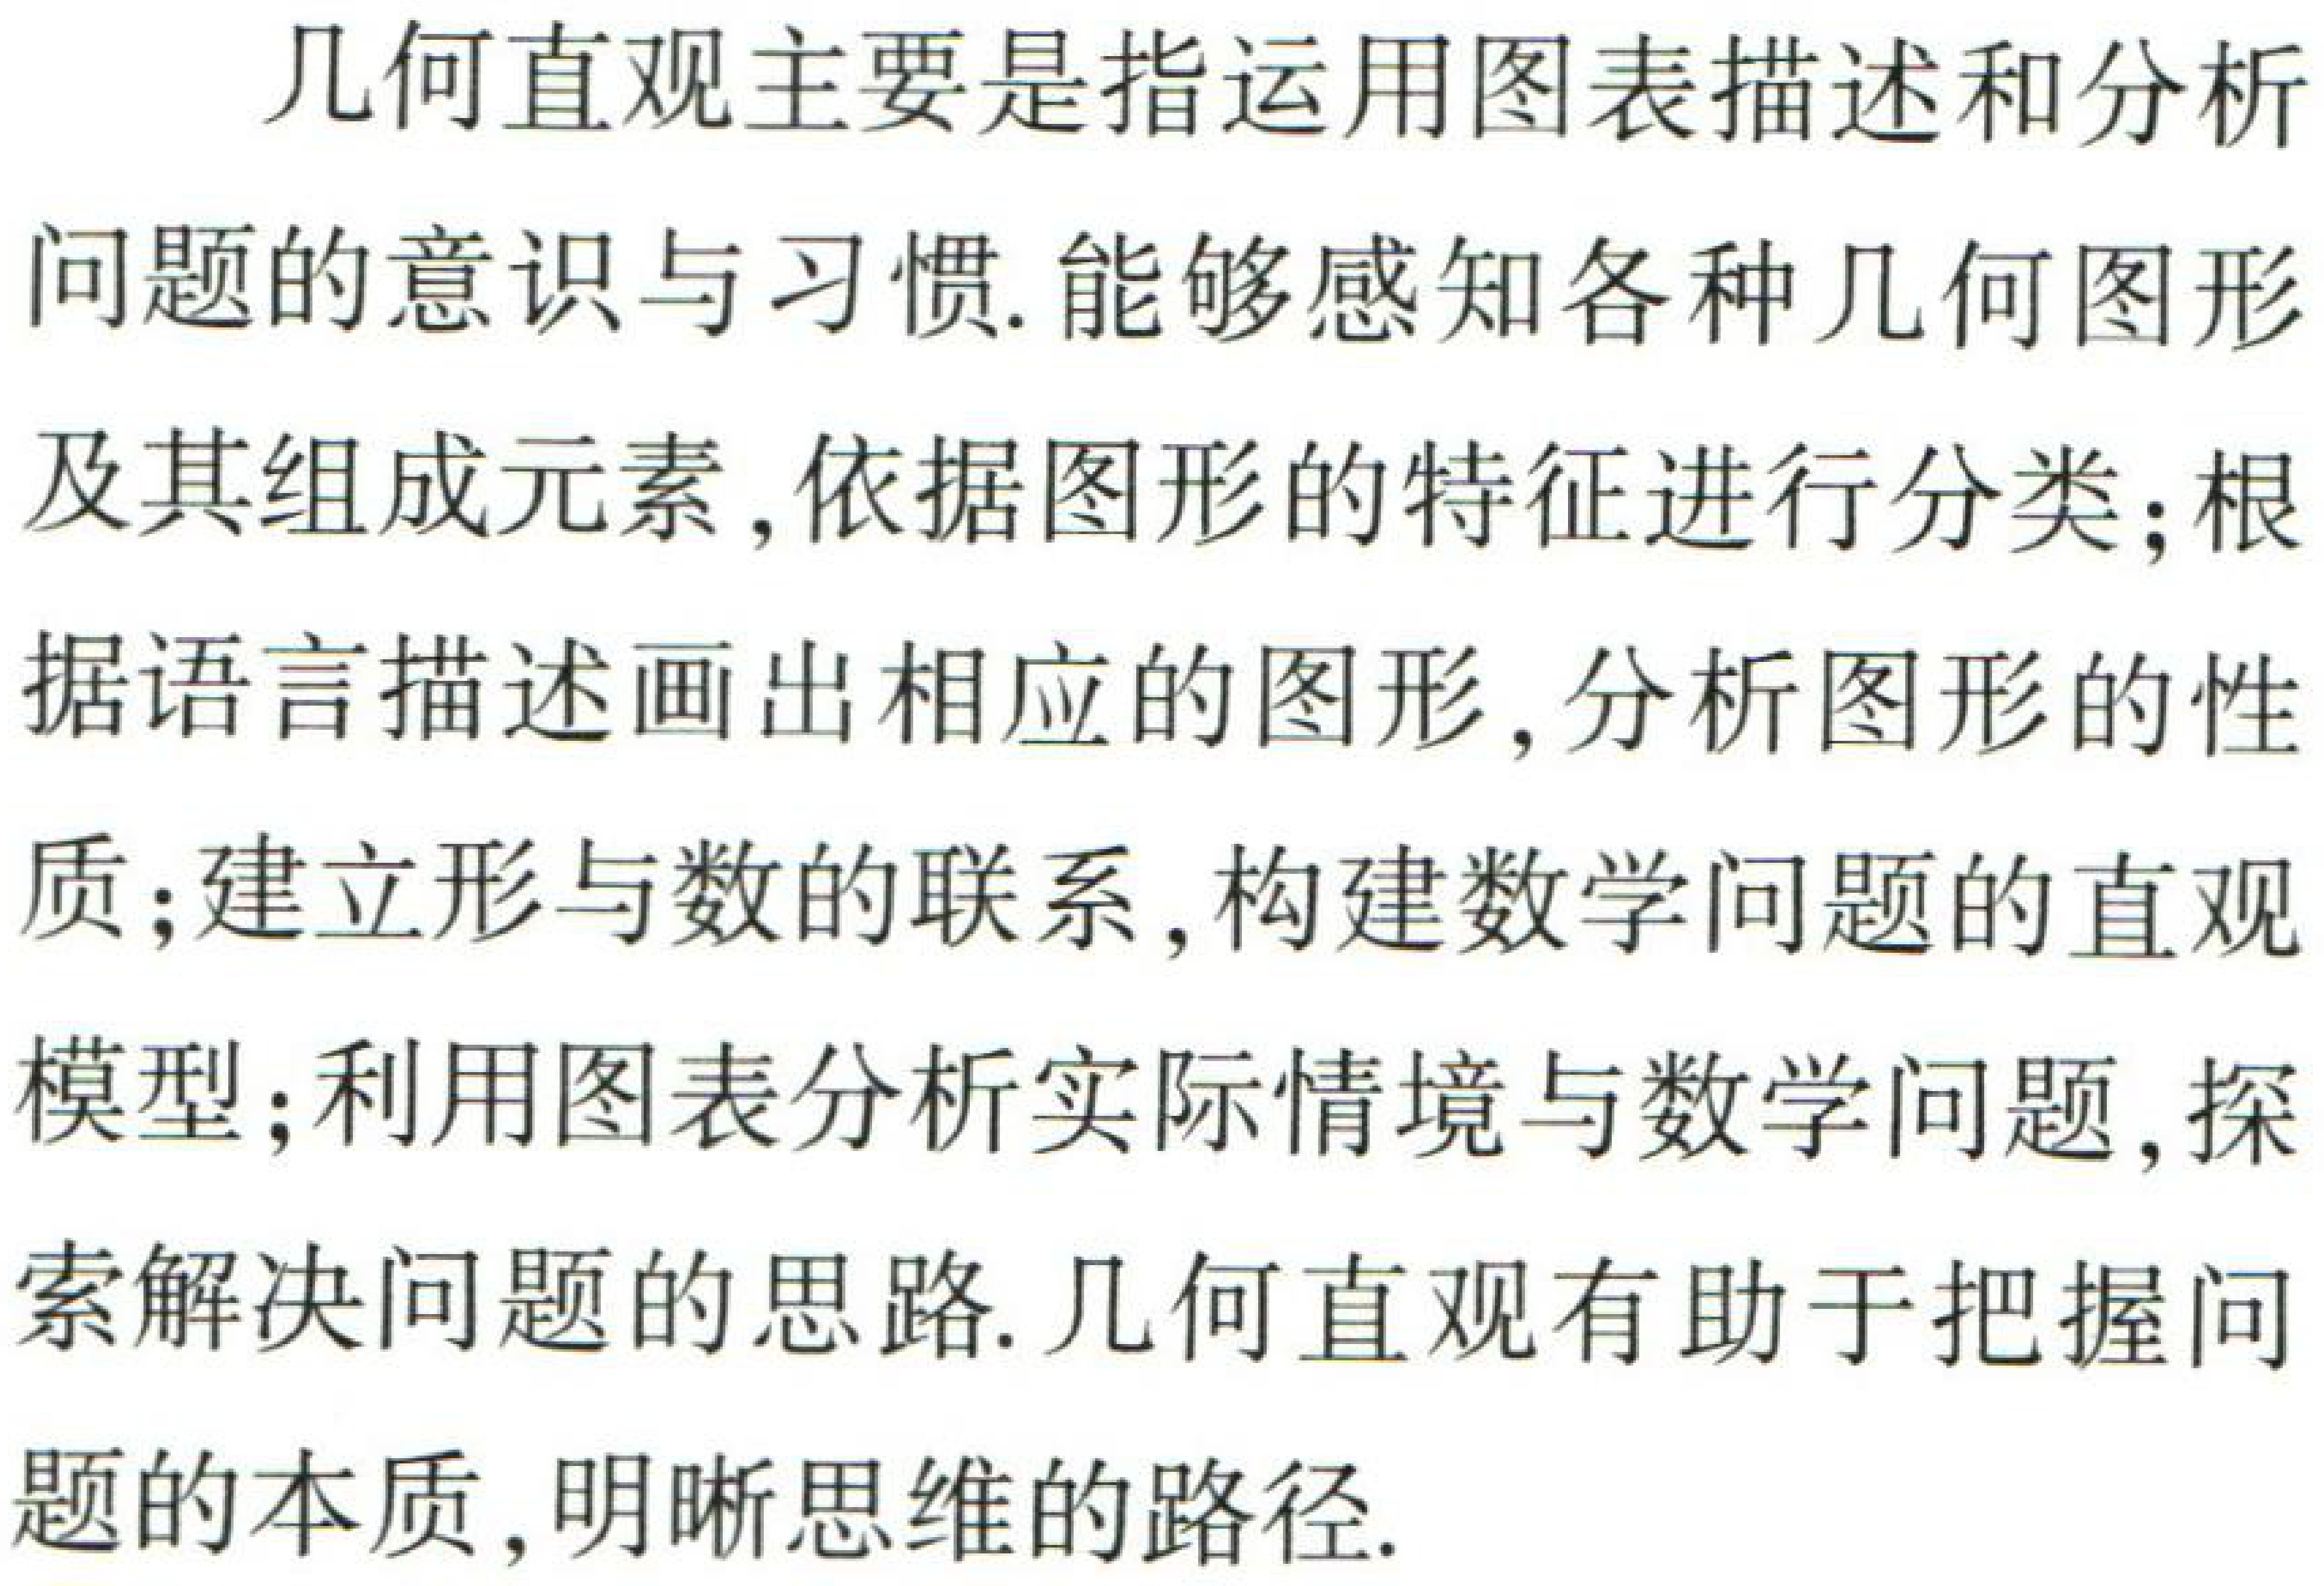
几何直观主要是指运用图表描述和分析

问题的意识与习惯.能够感知各种几何图形

及其组成元素,依据图形的特征进行分类;根

据语言描述画出相应的图形,分析图形的性

质;建立形与数的联系,构建数学问题的直观

模型;利用图表分析实际情境与数学问题,探

索解决问题的思路.几何直观有助于把握问

题的本质,明晰思维的路径.